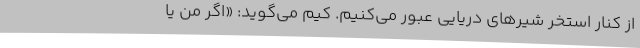
از کنار استخر شیرهای دریایی عبور می‌کنیم. کیم می‌گوید: «اگر من یا